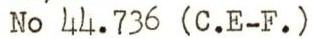
No 44.736 (C.E-F.)